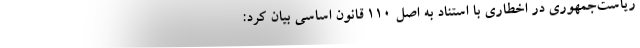
ریاست‌جمهوری در اخطاری با استناد به اصل ۱۱۰ قانون اساسی بیان کرد: